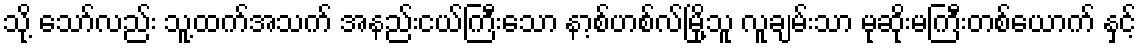
သို့ သော်လည်း သူ့ထက်အသက် အနည်းငယ်ကြီးသော နာ့စ်ဟစ်လ်မြို့သူ လူချမ်းသာ မုဆိုးမကြီးတစ်ယောက် နှင့်